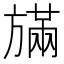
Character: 𪯿